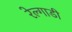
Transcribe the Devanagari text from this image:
रेल्गाडी